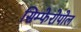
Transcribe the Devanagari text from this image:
सिम्फेरोपोल